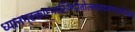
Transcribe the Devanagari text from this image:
ध्यानम्‌रक्ताम्भास्थिपोतोल्लसदरुणसरोजाङ